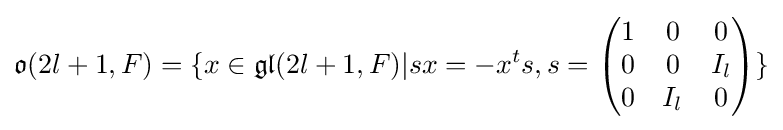
{\mathfrak {o}}(2l+1,F)=\{x\in {\mathfrak {gl}}(2l+1,F)|sx=-x^{t}s,s={\begin{pmatrix}1&0&0\\0&0&I_{l}\\0&I_{l}&0\end{pmatrix}}\}